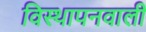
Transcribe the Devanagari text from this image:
विस्थापनवाली